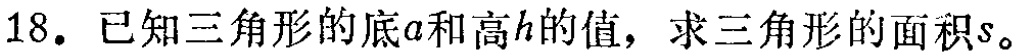
18. 已知三角形的底\(a\)和高\(h\)的值，求三角形的面积\(s\)。